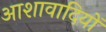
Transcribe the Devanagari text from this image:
आशावादियों